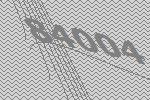
84004